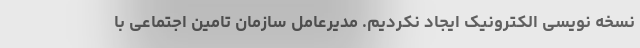
نسخه نویسی الکترونیک ایجاد نکردیم. مدیرعامل سازمان تامین اجتماعی با